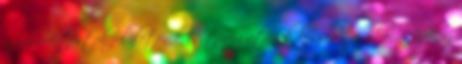
a szilárd testek felületének és térfogatának kiszámításában. Azok az